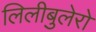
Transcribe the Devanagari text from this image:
लिलीबुलेरो